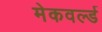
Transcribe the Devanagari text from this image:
मेकवर्ल्ड